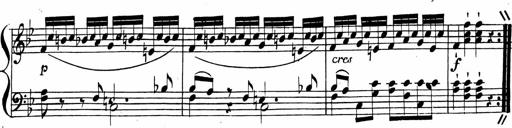
Title: 2 Piano Sonatinas
Composer: Ferdinand Ries